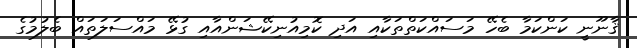
ޤާނޫނީ ކަންކަމާ ބެހޭ މަސައްކަތްތަކާއި އަދި ކޮމިއުނިކޭޝަންއާއި ގުޅޭ މައްސަލަތައް ބެލުމުގެ